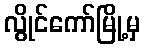
လွိုင်ကော်မြို့မှ